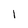
Character: l